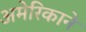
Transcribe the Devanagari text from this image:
अमेरिकाने